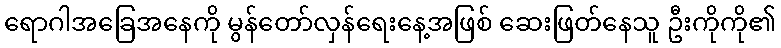
ရောဂါအခြေအနေကို မွန်တော်လှန်ရေးနေ့အဖြစ် ဆေးဖြတ်နေသူ ဦးကိုကို၏